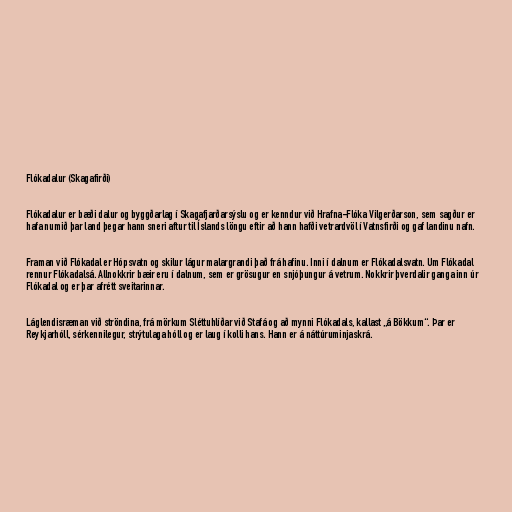
Flókadalur (Skagafirði)

Flókadalur er bæði dalur og byggðarlag í Skagafjarðarsýslu og er kenndur við Hrafna-Flóka Vilgerðarson, sem sagður er
hafa numið þar land þegar hann sneri aftur til Íslands löngu eftir að hann hafði vetrardvöl í Vatnsfirði og gaf landinu nafn.

Framan við Flókadal er Hópsvatn og skilur lágur malargrandi það frá hafinu. Inni í dalnum er Flókadalsvatn. Um Flókadal
rennur Flókadalsá. Allnokkrir bæir eru í dalnum, sem er grösugur en snjóþungur á vetrum. Nokkrir þverdalir ganga inn úr
Flókadal og er þar afrétt sveitarinnar.

Láglendisræman við ströndina, frá mörkum Sléttuhlíðar við Stafá og að mynni Flókadals, kallast „á Bökkum“. Þar er
Reykjarhóll, sérkennilegur, strýtulaga hóll og er laug í kolli hans. Hann er á náttúruminjaskrá.